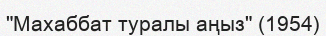
"Махаббат туралы аңыз" (1954)